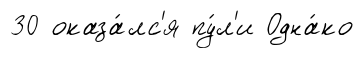
30 оказа́лс'я пу́л'и Одна́ко